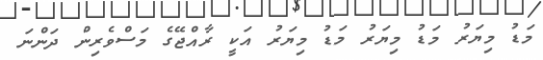
މަޑު މިޔަރު މަޑު މިޔަރު މަޑު މިޔަރު އަކީ ރާއްޖޭގެ މަސްވެރިން ދަންނަ